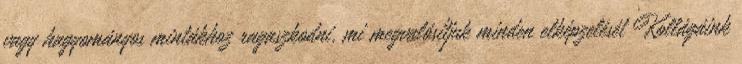
vagy hagyományos mintákhoz ragaszkodni, mi megvalósítjuk minden elképzelését Kollágáink